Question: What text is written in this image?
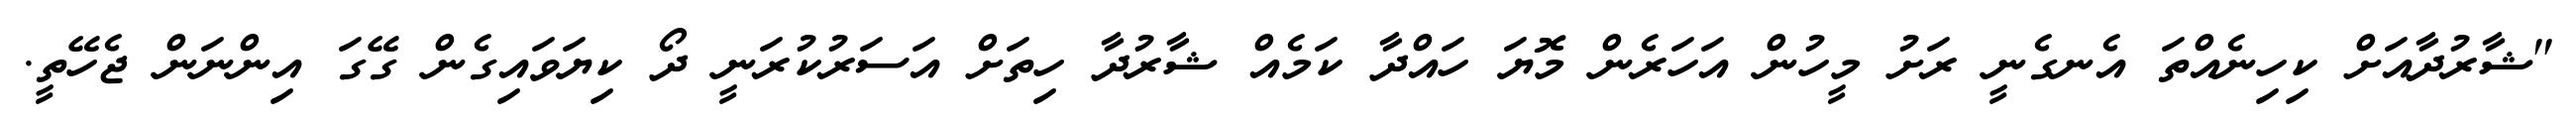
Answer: "ޝާރުދާއަށް ކިހިނެއްތަ އެނގެނީ ރަށު މީހުން އަހަރެން މޮޔަ ހައްދާ ކަމެއް ޝާރުދާ ހިތަށް އަސަރުކުރަނީ ދޯ ކިޔަވައިގެން ގޭގަ އިންނަން ޖެހޭތީ.